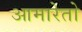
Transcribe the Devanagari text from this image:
आमारेतो